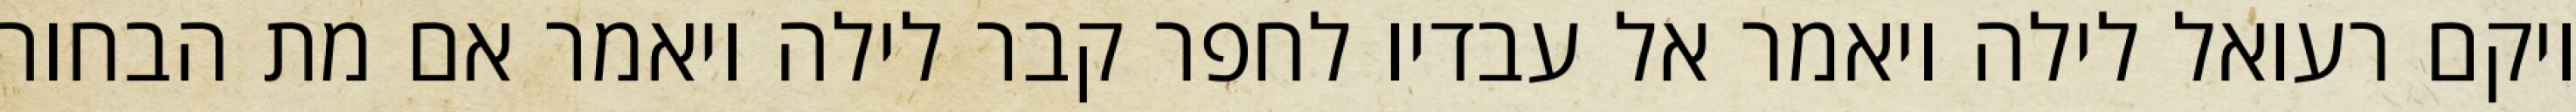
ויקם רעואל לילה ויאמר אל עבדיו לחפר קבר לילה ויאמר אם מת הבחור